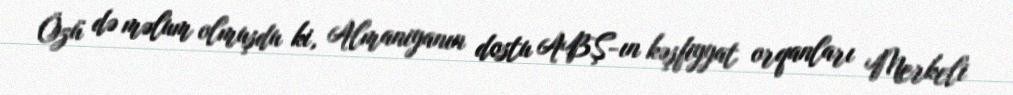
Özü də məlum olmuşdu ki, Almaniyanın dostu ABŞ-ın kəşfiyyat orqanları Merkeli